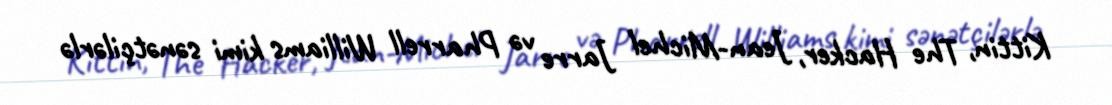
Kittin, The Hacker, Jean-Michel Jarre və Pharrell Williams kimi sənətçilərlə